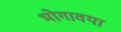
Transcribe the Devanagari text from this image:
भोगावया